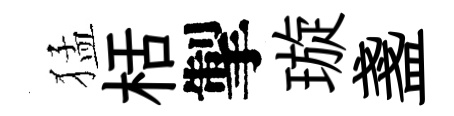
猛栝掣璇盞